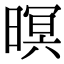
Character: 暝